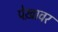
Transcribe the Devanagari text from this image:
पेख़ावर